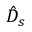
\hat { D } _ { s }